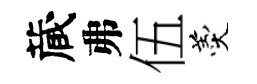
蔵弗伍羹